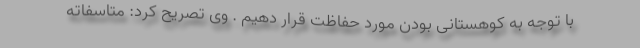
با توجه به کوهستانی بودن مورد حفاظت قرار دهیم . وی تصریح کرد: متاسفاته